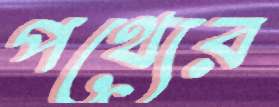
পথ্যের